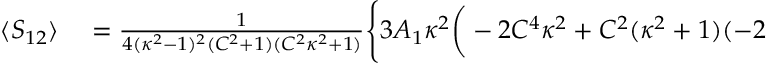
\begin{array} { r l } { \langle S _ { 1 2 } \rangle } & { { } = \frac { 1 } { 4 ( \kappa ^ { 2 } - 1 ) ^ { 2 } ( C ^ { 2 } + 1 ) ( C ^ { 2 } \kappa ^ { 2 } + 1 ) } \Bigg \{ 3 A _ { 1 } \kappa ^ { 2 } \bigg ( - 2 C ^ { 4 } \kappa ^ { 2 } + C ^ { 2 } ( \kappa ^ { 2 } + 1 ) ( - 2 } \end{array}